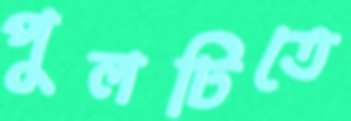
পুলটিতে